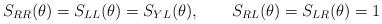
LaTeX: \begin{align*}S_{RR}(\theta )=S_{LL}(\theta )=S_{YL}(\theta ),\qquad S_{RL}(\theta)=S_{LR}(\theta )=1 \end{align*}